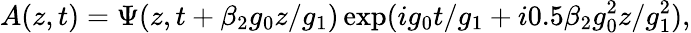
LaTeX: A(z,t)=\Psi(z,t+\beta_{2}g_{0}z/g_{1})\exp(ig_{0}t/g_{1}+i0.5\beta_{2}g_{0}^{2}z/g_{1}^{2}),